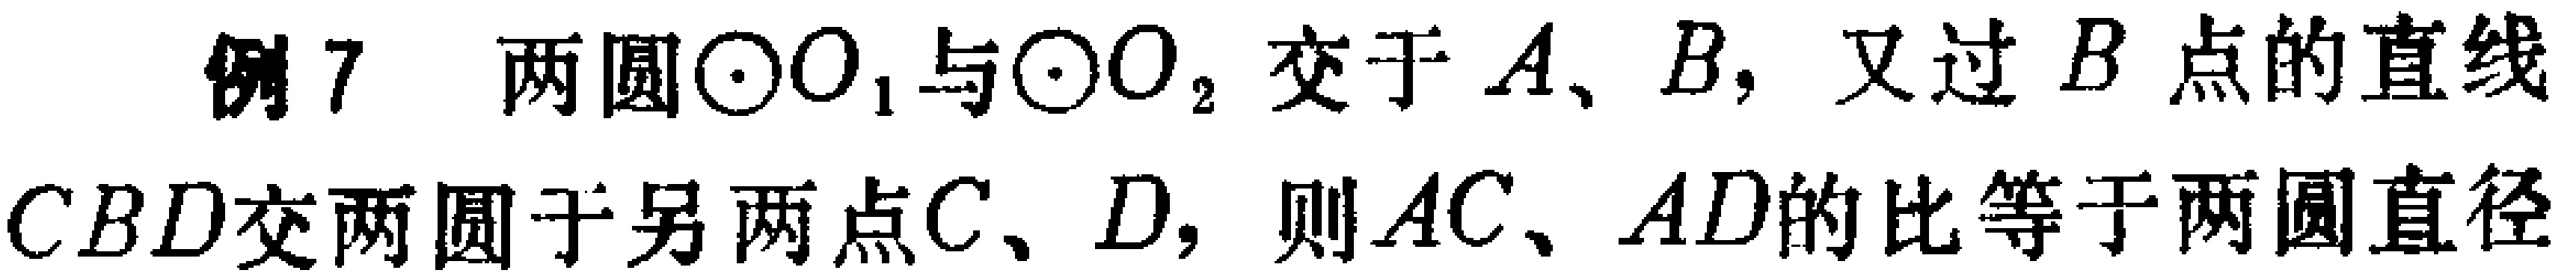
例7 两圆$\odot O_{1}$与$\odot O_{2}$交于$A、B$，又过$B$点的直线$CBD$交两圆于另两点$C、D$，则$AC、AD$的比等于两圆直径